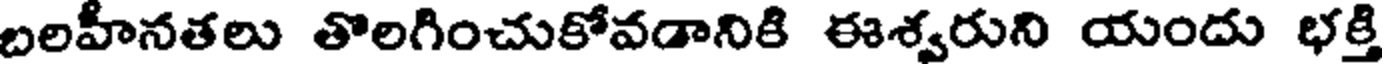
బలహీనతలు తొలగించుకోవడానికి ఈశ్వరుని యందు భక్తి